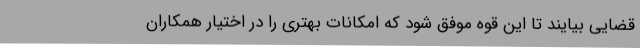
قضایی بیایند تا این قوه موفق شود که امکانات بهتری را در اختیار همکاران